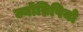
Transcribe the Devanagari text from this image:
ज्योतिषियो